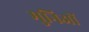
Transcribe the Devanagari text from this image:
मुनिओं